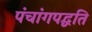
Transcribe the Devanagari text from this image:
पंचांगपद्धति